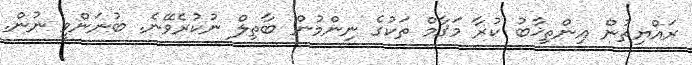
ރައްޔިތުން އިންތިޚާބު ކުރާ މަޤާމް ތަކުގެ ނިންމުން ބާތިލް ނުކުރެވޭނެ. ބުނަންވީ ނުން.